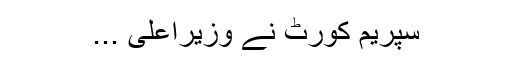
سپریم کورٹ نے وزیراعلیٰ ...